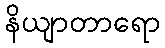
နိယျာတာရော